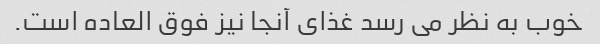
خوب به نظر می رسد غذای آنجا نیز فوق العاده است.